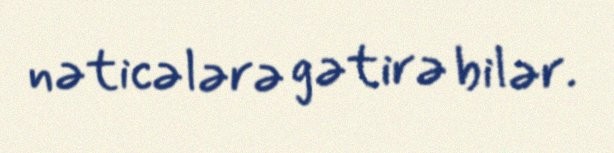
nəticələrə gətirə bilər.